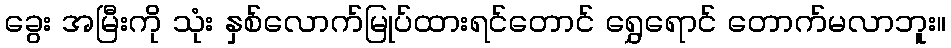
ခွေး အမြီးကို သုံး နှစ်လောက်မြုပ်ထားရင်တောင် ရွှေရောင် တောက်မလာဘူး။